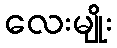
လေးမျိုး